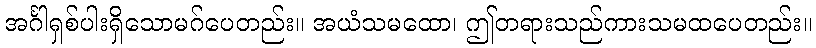
အင်္ဂါရှစ်ပါးရှိသောမဂ်ပေတည်း။ အယံသမထော၊ ဤတရားသည်ကားသမထပေတည်း။